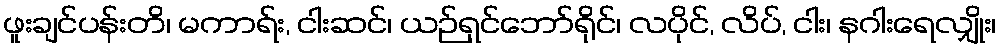
ဖူးချင်ပန်းတိ၊ မကာရ်း, ငါးဆင်၊ ယဉ်ရှင်ဘော်ရိုင်၊ လပိုင်, လိပ်, ငါး၊ နဂါးရေလျှိုး၊